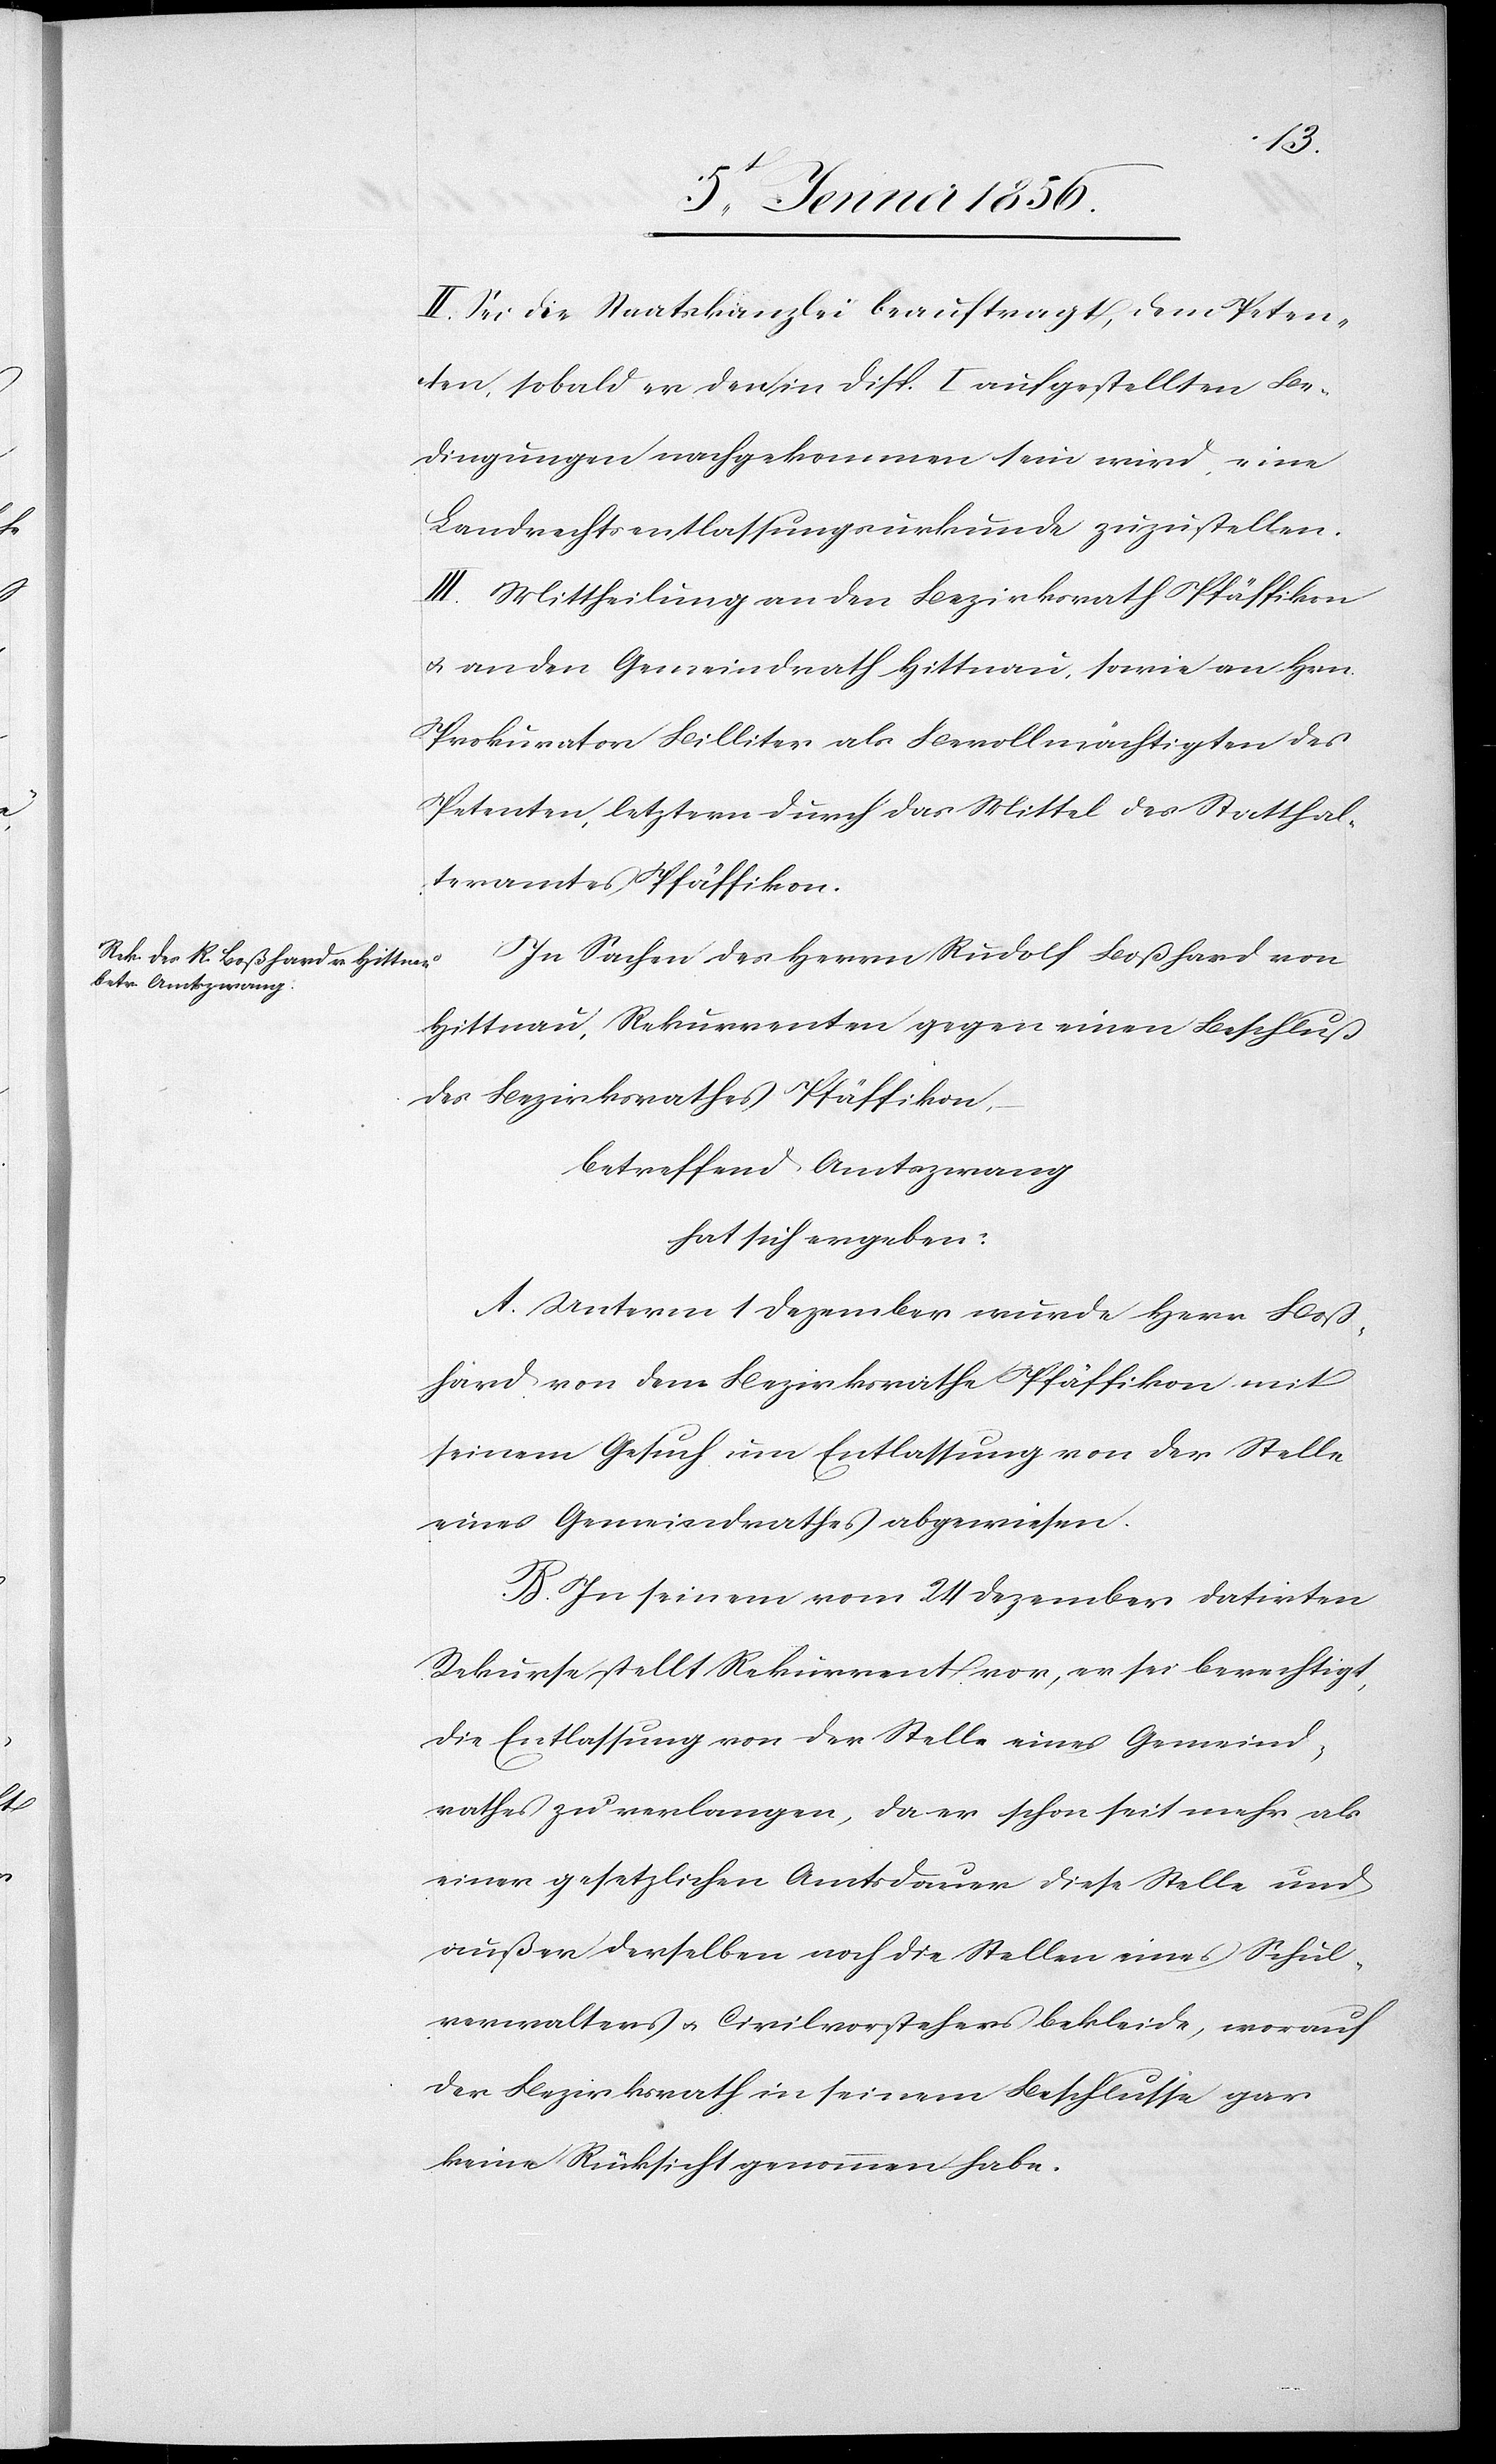
II. Sei die Staatskanzlei beauftragt, dem Peten¬
ten, sobald er den in Disp. I aufgestellten Be¬
dingungen nachgekommen sein wird, eine
Landrechtsentlassungsurkunde zuzustellen.
III. Mittheilung an den Bezirksrath Pfäffikon
u. an den Gemeindrath Hittnau, sowie an Hrn.
Prokurator Billiter als Bevollmächtigten des
Petenten, letztern durch das Mittel des Statthal¬
teramtes Pfäffikon.
In Sachen des Herrn Rudolf Boßhard von
Hittnau, Rekurrenten gegen einen Beschluß
des Bezirksrathes Pfäffikon,
betreffend Amtszwang
hat sich ergeben:
A. Unterm 1 Dezember wurde Herr Boß¬
hard von dem Bezirksrathe Pfäffikon mit
seinem Gesuch um Entlassung von der Stelle
eines Gemeindrathes abgewiesen.
B. In seinem vom 24 Dezember datirten
Rekurse stellt Rekurrent vor, er sei berechtigt,
die Entlassung von der Stelle eines Gemeind¬
rathes zu verlangen, da er schon seit mehr als
einer gesetzlichen Amtsdauer diese Stelle und
außer derselben noch die Stellen eines Schul¬
verwalters u. Civilvorstehers bekleide, worauf
der Bezirksrath in seinem Beschlusse gar
keine Rücksicht genommen habe.